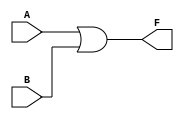
module dont_care_example (
    input wire A,
    input wire B,
    output wire F
);

// Implementation using a simplified logic expression
// From the truth table, we can derive: F = A | B
assign F = A | B;

endmodule